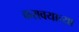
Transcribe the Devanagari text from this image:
करावयाच्‍या